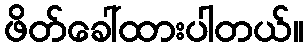
ဖိတ်ခေါ်ထားပါတယ်။